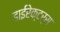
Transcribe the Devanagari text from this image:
डाईरेक्टर्स